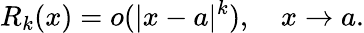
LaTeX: R_{k}(x)=o(|x-a|^{k}),\quad x\to a.